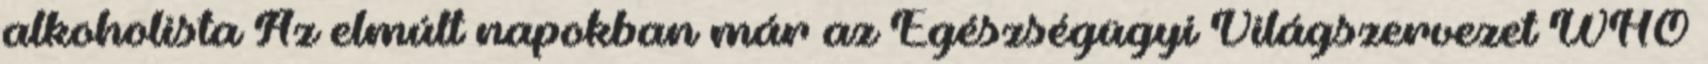
alkoholista Az elmúlt napokban már az Egészségügyi Világszervezet WHO